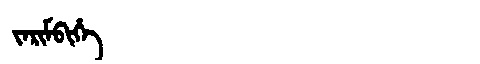
Manchu: ᠵᠠᡵᡳᠮᠪᡳᡥᡝ
Romanization: JARIMBIHE